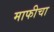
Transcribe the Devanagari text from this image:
माफीचा